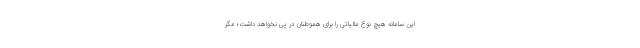
این سامانه هیچ نوع مالیاتی را برای هموطنان در پی نخواهد داشت؛ مگر